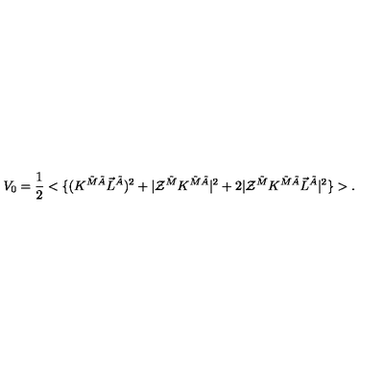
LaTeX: V _ { 0 } = \frac 1 2 < \{ ( K ^ { \tilde { M } \tilde { A } } \vec { L } ^ { \tilde { A } } ) ^ { 2 } + | { \cal Z } ^ { \tilde { M } } K ^ { \tilde { M } \tilde { A } } | ^ { 2 } + 2 | { \cal Z } ^ { \tilde { M } } K ^ { \tilde { M } \tilde { A } } \vec { L } ^ { \tilde { A } } | ^ { 2 } \} > .